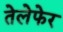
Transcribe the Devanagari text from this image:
तेलेफेर